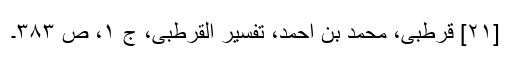
[۲۱] قرطبی، محمد بن احمد، تفسیر القرطبی، ج ۱، ص ۳۸۳۔